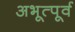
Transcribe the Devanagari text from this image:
अभूत्पूर्व